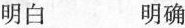
明白 明确